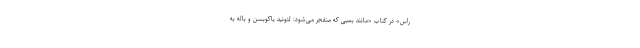
راس» در کتاب «مانند بمبی که منفجر می‌شود: لئونید یاکوبسن و باله به